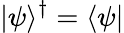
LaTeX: |\psi\rangle^{\dagger}=\langle\psi|